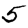
Digit: 5